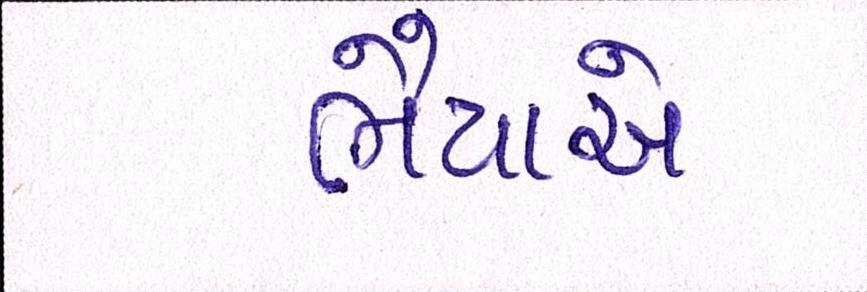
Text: ભૈયાએ